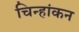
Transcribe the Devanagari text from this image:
चिन्हांकन